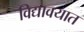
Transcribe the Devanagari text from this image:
विद्यावयात